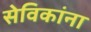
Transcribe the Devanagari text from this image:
सेविकांना